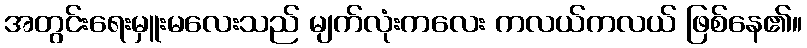
အတွင်းရေးမှူးမလေးသည် မျက်လုံးကလေး ကလယ်ကလယ် ဖြစ်နေ၏။